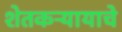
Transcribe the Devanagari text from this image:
शेतकऱ्यायाचे